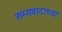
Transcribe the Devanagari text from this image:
सम्यवादाच्या